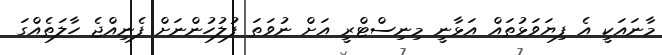
މާނައަކީ އެ ފިޔަވަޅުތައް އަޅާނީ މިނިސްޓްރީ އަށް ނުވަތަ ފުލުހުންނަށް ފެނިއްޖެ ހާލަތެއްގަ